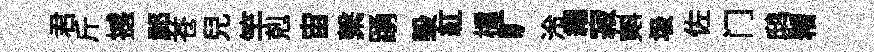
君斤撼祁苍兒竿剋宙繫踴毁紅櫺旷泠緡寂𣂏圾佐门鸱糟